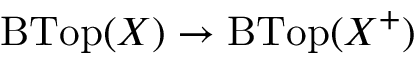
\operatorname { B T o p } ( X ) \to \operatorname { B T o p } ( X ^ { + } )